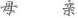
母亲